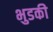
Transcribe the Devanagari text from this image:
भुडकी